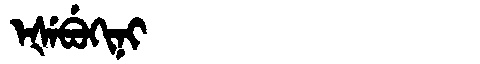
Manchu: ᡝᡧᡝᠪᡠᡴᡳᠨᡳ
Romanization: EŠEBUKINI